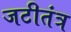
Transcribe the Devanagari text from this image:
जटीतंत्र